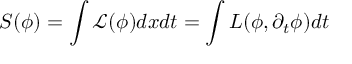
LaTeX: S ( \phi ) = \int { \mathcal { L } } ( \phi ) d x d t = \int L ( \phi , \partial _ { t } \phi ) d t